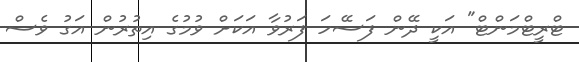
ޓްރީޓްމަންޓް" އަކީ ދޭން ފަސޭހަ ފަރުވާ އަކަށް ވުމުގެ އިތުރުން އަގު ވެސް